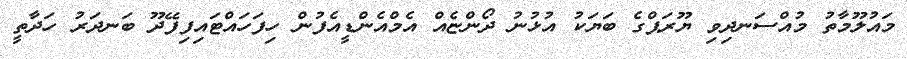
މައުލޫމާތު މުއްސަނދިވި ޔޫރަޕްގެ ބަޔަކު އުޅުނު ދޯންޏެއް އެމްއެންޑީއެފުން ހިފަހައްޓައިފިފޭދޫ ބަނދަރު ހަދާތީ